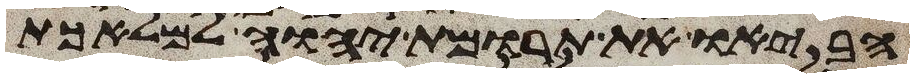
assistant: הביאו את תרומת יהוה למלאכת